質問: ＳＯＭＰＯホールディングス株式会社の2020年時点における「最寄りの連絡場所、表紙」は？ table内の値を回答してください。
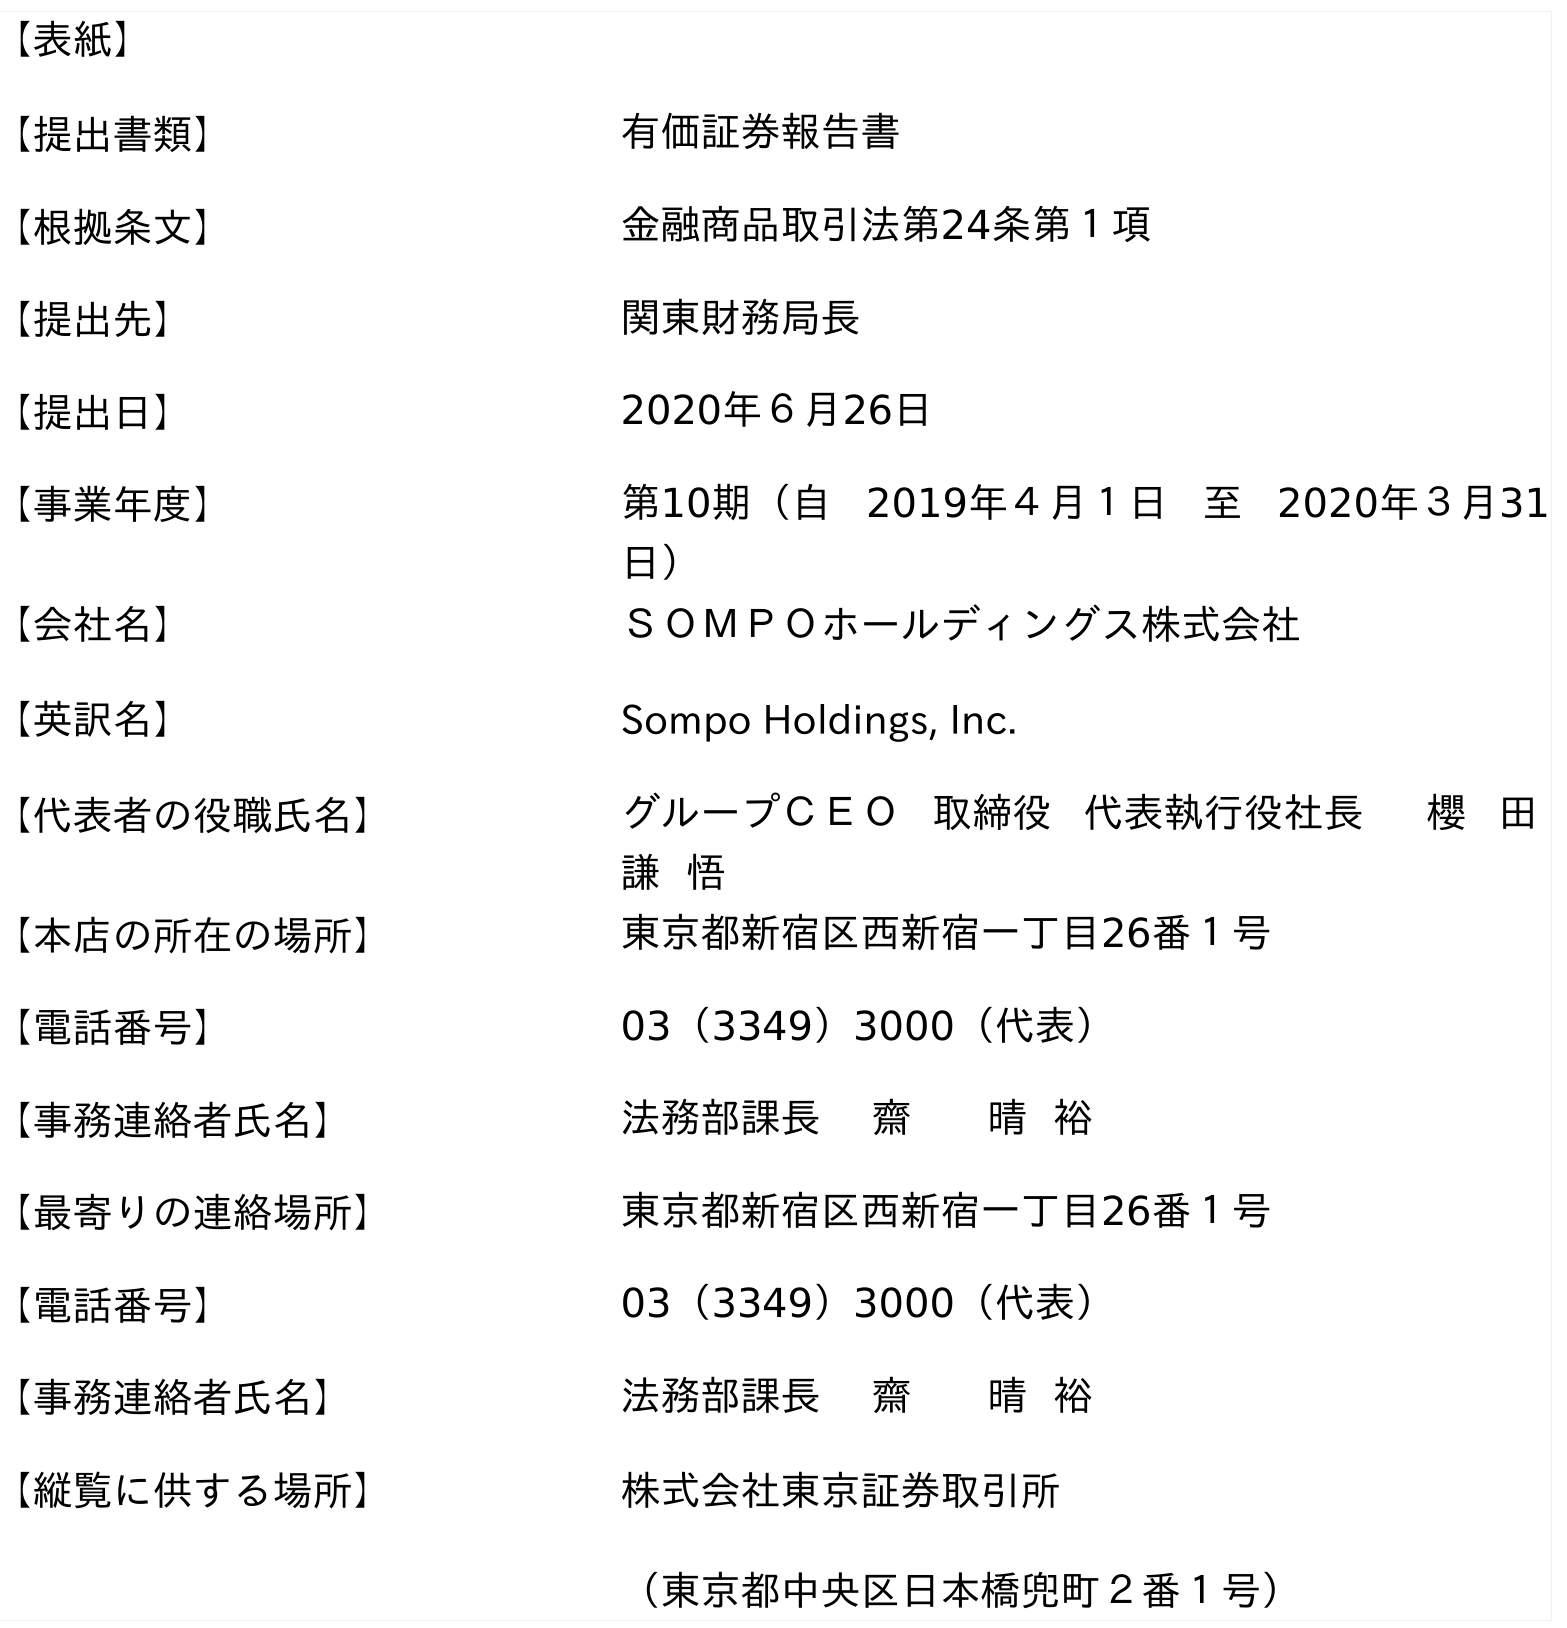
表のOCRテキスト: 【表紙】 【提出書類】 有価証券報告書 【根拠条文】 金融商品取引法第24条第１項 【提出先】 関東財務局長 【提出日】 2020年６月26日 【事業年度】 第10期（自 2019年４月１日 至 2020年３月31 日） 【会社名】 ＳＯＭＰＯホールディングス株式会社 【英訳名】 Sompo Holdings, Inc. 【代表者の役職氏名】 グループＣＥＯ 取締役 代表執行役社長 櫻 田 謙 悟 【本店の所在の場所】 東京都新宿区西新宿一丁目26番１号 【電話番号】 03（3349）3000（代表） 【事務連絡者氏名】 法務部課長 齋 晴 裕 【最寄りの連絡場所】 東京都新宿区西新宿一丁目26番１号 【電話番号】 03（3349）3000（代表） 【事務連絡者氏名】 法務部課長 齋 晴 裕 【縦覧に供する場所】 株式会社東京証券取引所 （東京都中央区日本橋兜町２番１号）
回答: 東京都新宿区西新宿一丁目26番１号